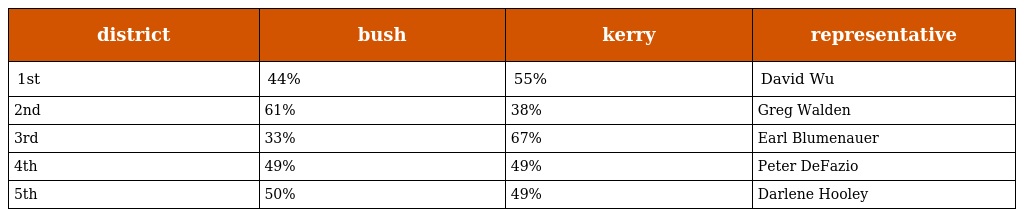
| district | bush | kerry | representative |
 | --- | --- | --- | --- |
 | 1st | 44% | 55% | David Wu |
 | 2nd | 61% | 38% | Greg Walden |
 | 3rd | 33% | 67% | Earl Blumenauer |
 | 4th | 49% | 49% | Peter DeFazio |
 | 5th | 50% | 49% | Darlene Hooley |